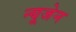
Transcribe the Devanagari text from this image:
न्यूजेन